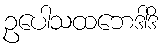
ဥပေါသထဘေဒါဒိ